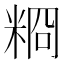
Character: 𥺂